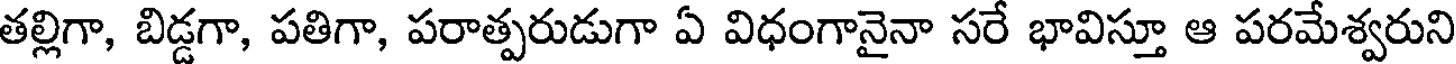
తల్లిగా, బిడ్డగా, పతిగా, పరాత్పరుడుగా ఏ విధంగానైనా సరే భావిస్తూ ఆ పరమేశ్వరుని